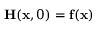
\mathbf { H } ( \mathbf { x } , 0 ) = \mathbf { f } ( \mathbf { x } )